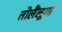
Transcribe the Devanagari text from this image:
तोलैंलूगा